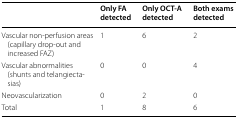
|  | Only FA detected | Only OCT-A detected | Both exams detected |
 | --- | --- | --- | --- |
 | Vascular non-perfusion areas (capillary drop-out and increased FAZ) | 1 | 6 | 2 |
 | Vascular abnormalities (shunts and telangiectasias) | 0 | 0 | 4 |
 | Neovascularization | 0 | 2 | 0 |
 | Total | 1 | 8 | 6 |